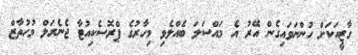
ގާޒީއަކަށް ހުންނަވައިގެން އޭރު އެ މައްސަލަ ބެއްލެވި މިހާރުގެ ޕްރޮސެކިއުޓާ ޖެނެރަލް މުހުތާޒް